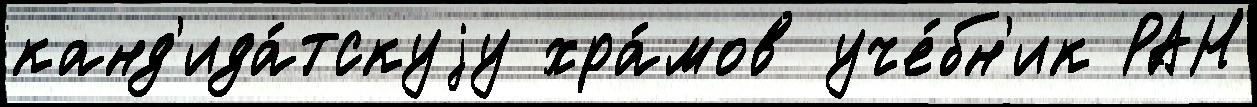
канд'ида́тскуjу хра́мов уче́бн'ик РАН